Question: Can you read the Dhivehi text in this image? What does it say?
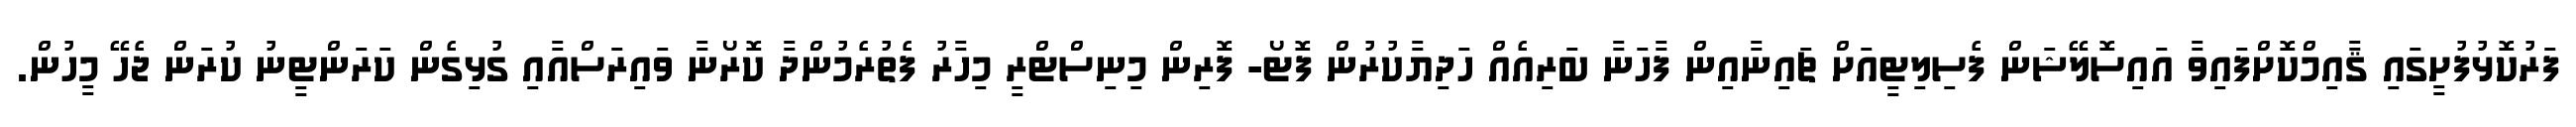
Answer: ފަރުކޮޅުފުށީގައި ޤާއިމްކޮށްފައިވާ އައިސޮލޭޝަން ފެސިލިޓީއަށް ޗައިނާއިން ފާހަނާ ބަރިއެއް ހަދިޔާކުރުން ފޮޓޯ- ފޮރިން މިނިސްޓްރީ މިހާރު ފެތުރެމުންދާ ކޮރޯނާ ވައިރަސްއާއި ގުޅިގެން ކަރަންޓީނު ކުރަން ޖެހޭ މީހުން.